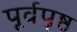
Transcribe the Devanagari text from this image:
पूर्वपृष्ठ